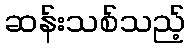
ဆန်းသစ်သည့်